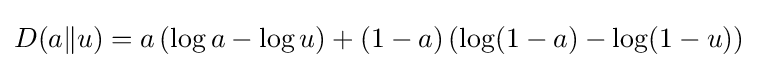
D(a\Vert u)=a\left(\log a-\log u\right)+(1-a)\left(\log(1-a)-\log(1-u)\right)